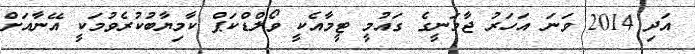
އަދި 2014 ވަނަ އަހަރު ޖާމަނީގެ ގައުމީ ޓީމާއެކީ ވޯލްޑްކަޕް ކާމިޔާބުކުރެވުމަކީ އޭނާއަށް